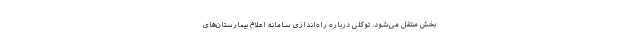
بخش منتقل می‌شود. توکلی درباره راه‌اندازی سامانه اعلام بیمارستان‌های